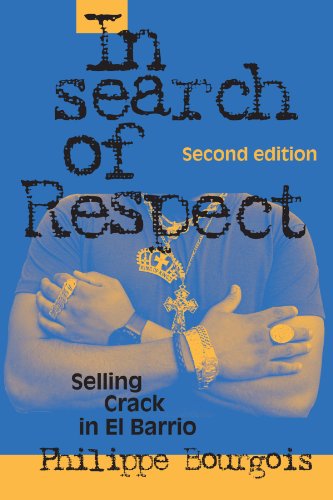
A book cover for In Search of Respect: Selling Crack in El Barrio (Structural Analysis in the Social Sciences); Philippe Bourgois; Politics & Social Sciences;